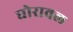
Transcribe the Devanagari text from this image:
घोरावल